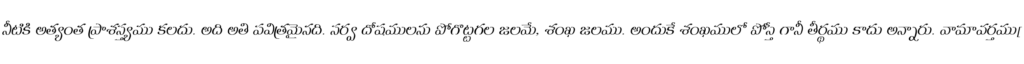
నీటికి అత్యంత ప్రాశస్త్యము కలదు. అది అతి పవిత్రమైనది. సర్వ దోషములను పోగొట్టగల జలమే, శంఖ జలము. అందుకే శంఖములో పోస్తే గానీ తీర్థము కాదు అన్నారు. వామావర్తము[